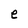
Character: e